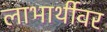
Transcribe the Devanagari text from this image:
लाभार्थीवर